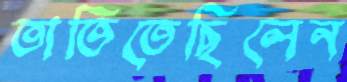
তাতিতেছিলেন